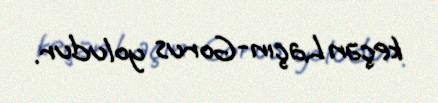
keçən Laçın-Gorus yoludur.